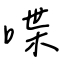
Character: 喋